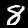
Label: 8